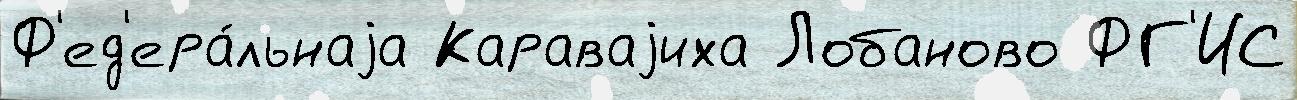
Ф'ед'ера́льнаjа Караваjиха Лобаново ФГ'ИС